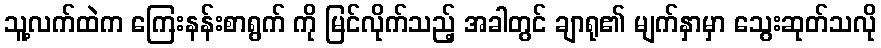
သူ့လက်ထဲက ကြေးနန်းစာရွက် ကို မြင်လိုက်သည့် အခါတွင် ချာရု၏ မျက်နှာမှာ သွေးဆုတ်သလို